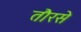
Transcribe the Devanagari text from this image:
तौरसे